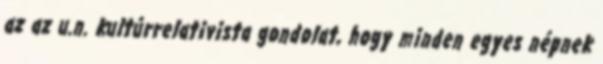
az az u.n. kultúrrelativista gondolat, hogy minden egyes népnek